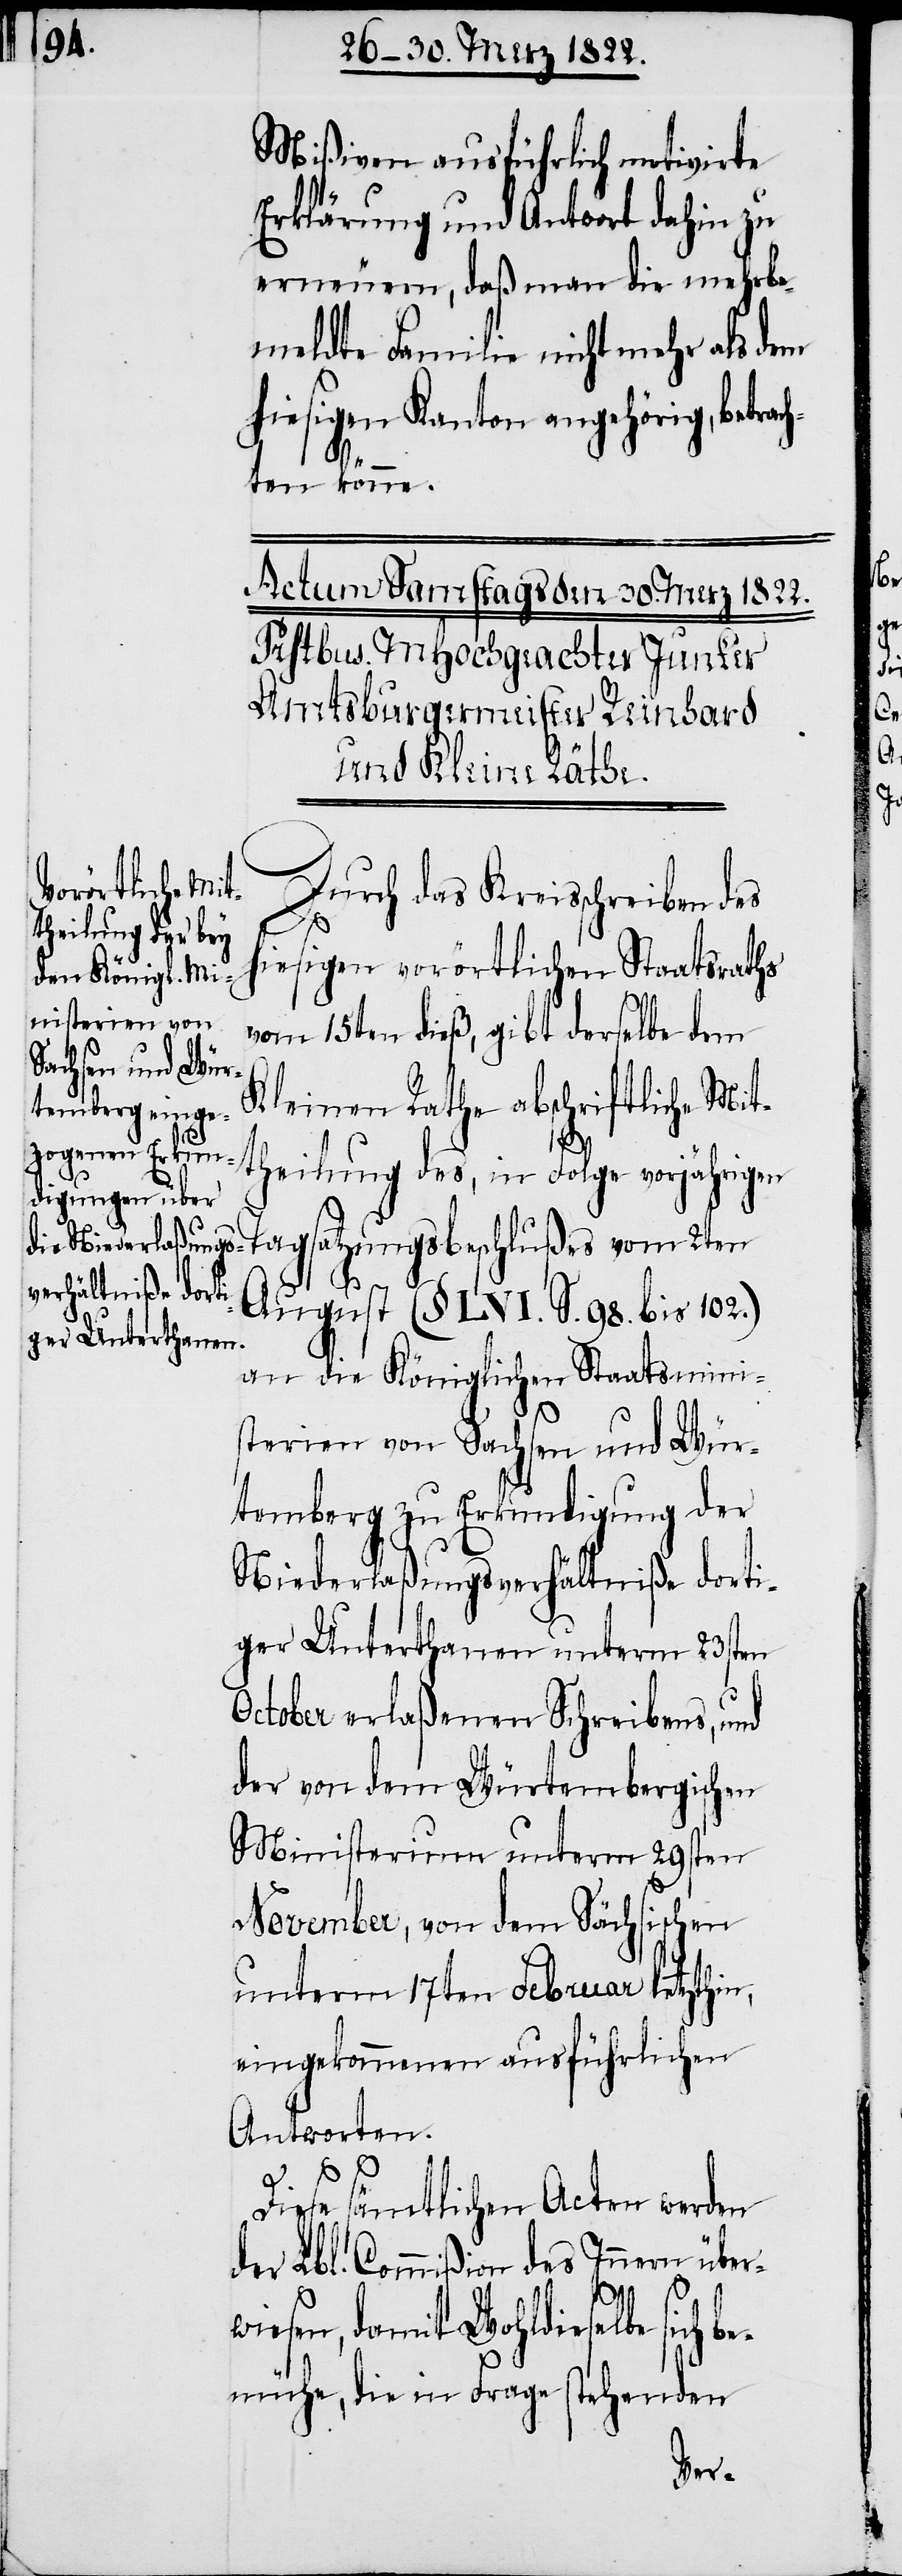
Mißiven ausführlich motivirte
Erklärung und Antwort dahin zu
erneuern, daß man die mehrbe¬
meldte Familie nicht mehr als dem
hiesigen Kanton angehörig, betrac¬
hten könne.
Durch das Kreisschreiben des
hiesigen vorörtlichen Staatsraths
vom 15ten dieß, gibt derselbe dem
Kleinen Rathe abschriftliche Mit¬
theilung des, in Folge vorjährigen
August (§ LVI. S. 98. bis 102.)
an die Königlichen Staatsmini¬
sterien von Sachsen und Wür¬
temberg zu Erkundigung der
Niederlaßungsverhältniße dorti¬
ger Unterthanen unterm 23sten
October erlaßenen Schreibens, und
der von dem Würtembergischen
Ministerium unterm 29sten
November, von dem Sächsischen
unterm 17ten Februar letzthin,
eingekommenen ausführlichen
Antworten.
Diese sämtlichen Acten werden
der Lbl. Commißion des Innern über¬
wiesen, damit Wohldieselbe sich b¬
emühe, die in Frage stehenden